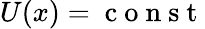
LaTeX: U(x)=\mathrm{~c~o~n~s~t~}